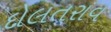
દોલતરાવ